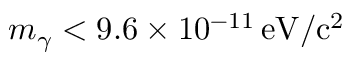
m _ { \gamma } < 9 . 6 \times 1 0 ^ { - 1 1 } \, \mathrm { e V / c ^ { 2 } }